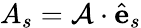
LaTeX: A_{s}=\mathcal{A}\cdot\hat{\mathbf{e}}_{s}